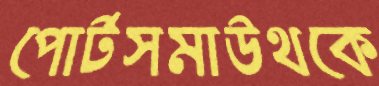
পোর্টসমাউথকে